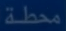
محطة